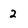
Character: 2